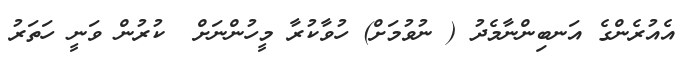
އެއުރެންގެ އަނބިންނާމެދު ( ނުވުމަށް) ހުވާކުރާ މީހުންނަށް  ކުރުން ވަނީ ހަތަރު